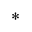
\ast